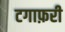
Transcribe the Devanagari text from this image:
टगाफ़री